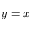
y = x